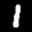
Label: 1